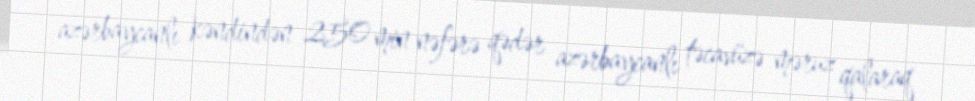
azərbaycanlı kəndindən 250 min nəfərə qədər azərbaycanlı təcavüzə məruz qalaraq